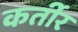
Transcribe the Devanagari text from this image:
कर्तीर